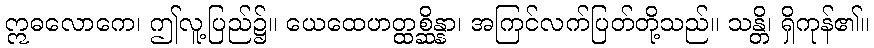
ဣဓလောကေ၊ ဤလူ့ပြည်၌။ ယေထေဟတ္ထစ္ဆိန္နာ၊ အကြင်လက်ပြတ်တို့သည်။ သန္တိ၊ ရှိကုန်၏။